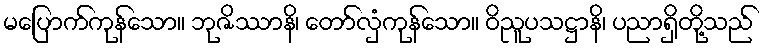
မပြောက်ကုန်သော။ ဘုဇိဿာနိ၊ တော်လှံကုန်သော။ ဝိညူပသဋ္ဌာနိ၊ ပညာရှိတို့သည်